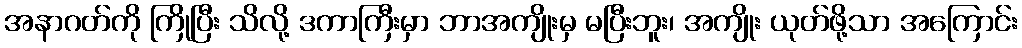
အနာဂတ်ကို ကြိုပြီး သိလို့ ဒကာကြီးမှာ ဘာအကျိုးမှ မပြီးဘူး၊ အကျိုး ယုတ်ဖို့သာ အကြောင်း